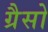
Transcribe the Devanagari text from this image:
ग्रैसो